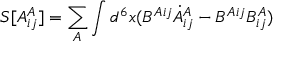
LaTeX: S [ A _ { i j } ^ { A } ] = \sum _ { A } \int d ^ { 6 } x ( B ^ { A i j } \dot { A } _ { i j } ^ { A } - B ^ { A i j } B _ { i j } ^ { A } )